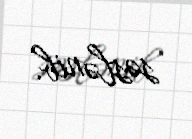
səslənib.